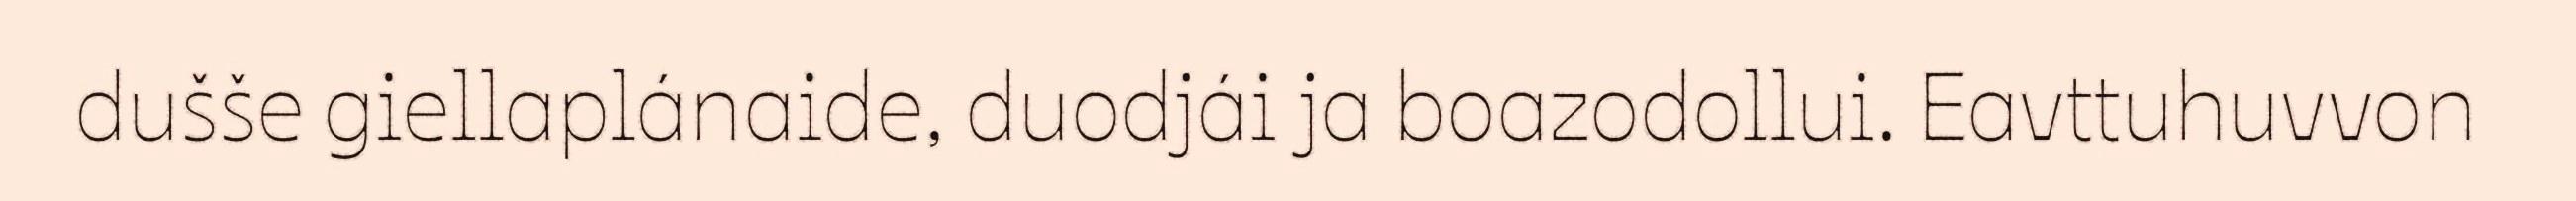
dušše giellaplánaide, duodjái ja boazodollui. Eavttuhuvvon